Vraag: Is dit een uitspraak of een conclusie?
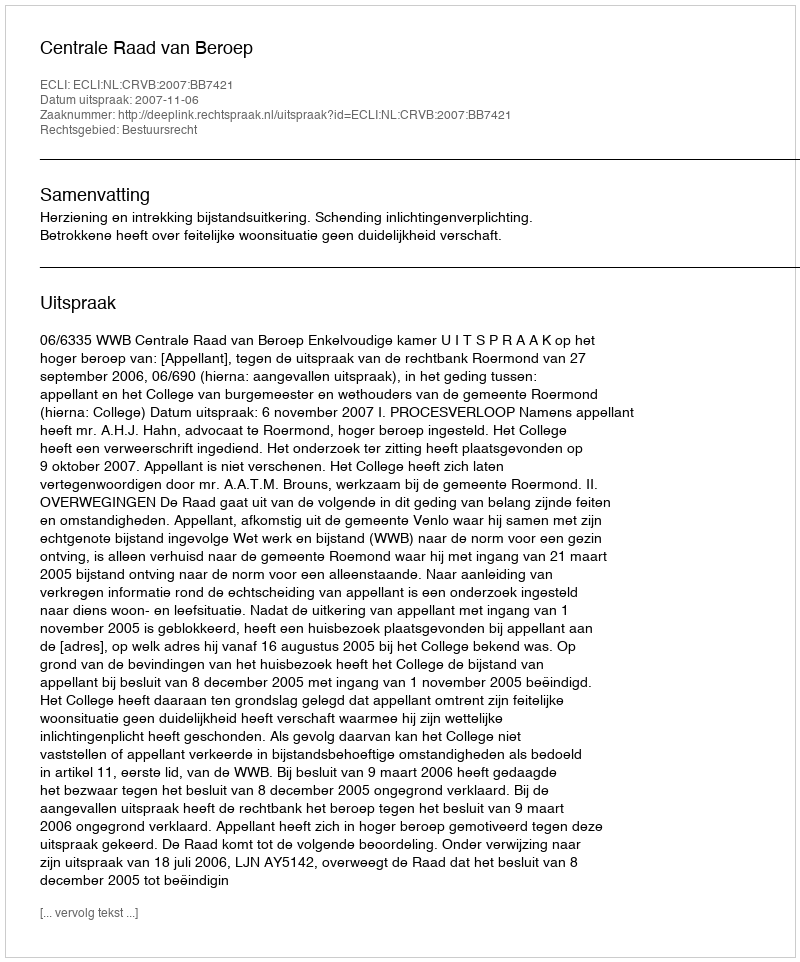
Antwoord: Uitspraak